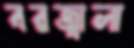
বরজ্বালা